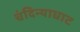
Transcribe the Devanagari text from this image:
चंदिन्याघाट